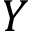
Y